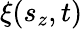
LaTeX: \xi(s_{z},t)